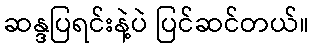
ဆန္ဒပြရင်းနဲ့ပဲ ပြင်ဆင်တယ်။